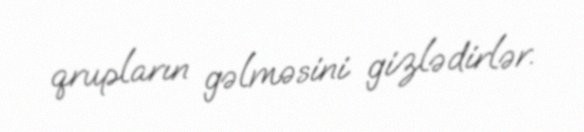
qrupların gəlməsini gizlədirlər.